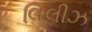
લિલીઝ